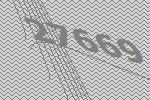
27669